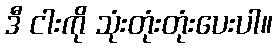
ဒီ ငါးကို သုံးတုံးတုံးပေးပါ။